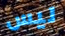
ليس